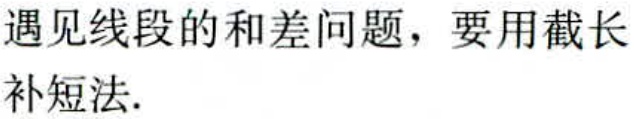
遇见线段的和差问题，要用截长补短法.